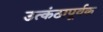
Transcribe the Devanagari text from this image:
उत्कंठापूर्वक